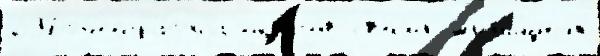
297фотограф'иjа округо́в своjи́х жил'и́щных